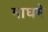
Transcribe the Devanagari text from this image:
माघमे